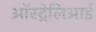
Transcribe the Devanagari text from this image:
ऑस्ट्रेलिआई